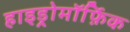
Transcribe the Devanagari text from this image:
हाइड्रोमॉर्फ़िक